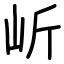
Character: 岓